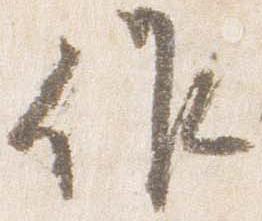
作